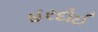
હરદોઈ